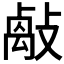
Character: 𢿝